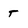
Character: T